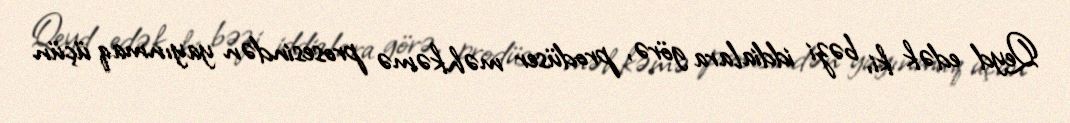
Qeyd edək ki, bəzi iddialara görə, prodüser məhkəmə prosesindən yayınmaq üçün